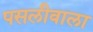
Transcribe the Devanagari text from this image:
पसलीवाला